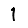
Digit: 1